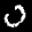
Label: 0